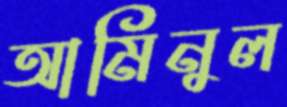
আমিনুল